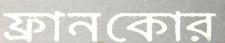
ফ্রানকোর